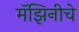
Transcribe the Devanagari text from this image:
मॅझिनीचे